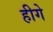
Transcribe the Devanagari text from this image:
हीगे